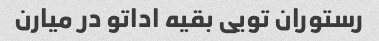
رستوران تویی بقیه اداتو در میارن